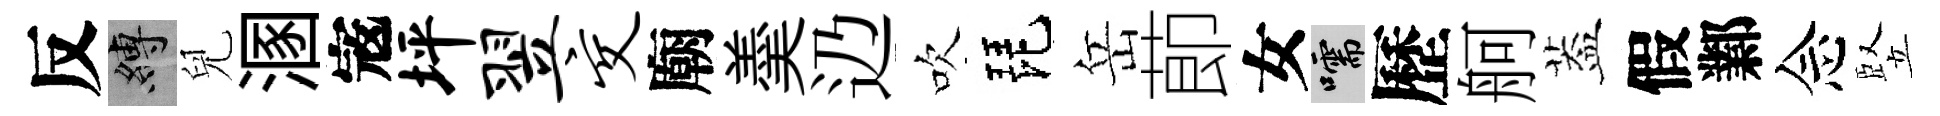
反縛兒溷𡨥坪翌交廟羮辸吹琵岳莭女嚅歷舸葢假鄴念竪